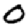
Digit: 0